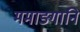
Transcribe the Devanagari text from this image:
ममाङ्गानि